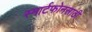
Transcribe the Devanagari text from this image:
स्मार्टफोनसाठी